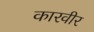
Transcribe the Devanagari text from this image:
कारवीर